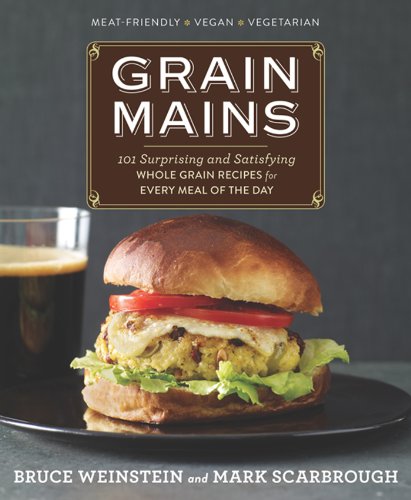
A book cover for Grain Mains: 101 Surprising and Satisfying Whole Grain Recipes for Every Meal of the Day; Bruce Weinstein; Cookbooks, Food & Wine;